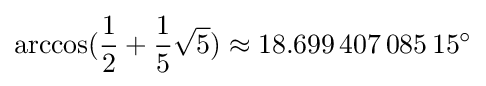
\arccos({\frac {1}{2}}+{\frac {1}{5}}{\sqrt {5}})\approx 18.699\,407\,085\,15^{\circ }